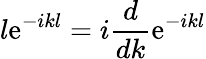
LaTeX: l\mathrm{e}^{-ikl}=i\frac{{d}}{{dk}}\mathrm{e}^{-ikl}